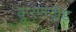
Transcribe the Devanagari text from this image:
कुरणखेड